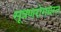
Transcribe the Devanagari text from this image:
सूत्रणरोगग्रस्त